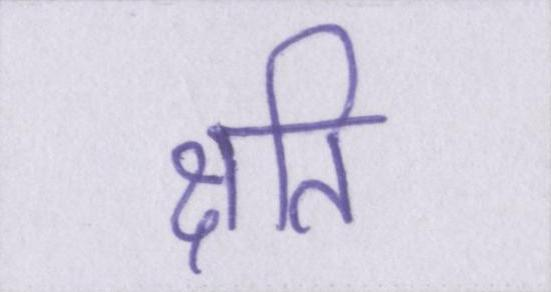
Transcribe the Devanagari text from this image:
क्षति